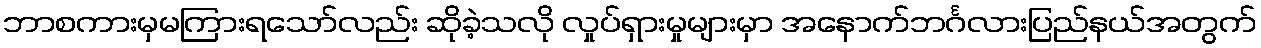
ဘာစကားမှမကြားရသော်လည်း ဆိုခဲ့သလို လှုပ်ရှားမှုများမှာ အနောက်ဘင်္ဂလားပြည်နယ်အတွက်